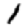
Digit: 1